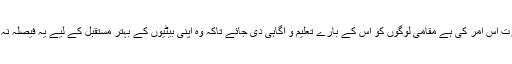
ضرورت اس امر کی ہے مقامی لوگوں کو اس کے بارے تعلیم و آگاہی دی جائے تاکہ وہ اپنی بیٹیوں کے بہتر مستقبل کے لیے یہ فیصلہ نہ کریں‘۔